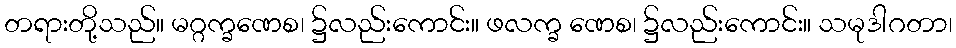
တရားတို့သည်။ မဂ္ဂက္ခဏေစ၊ ၌လည်းကောင်း။ ဖလက္ခ ဏေစ၊ ၌လည်းကောင်း။ သမုဒါဂတာ၊